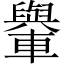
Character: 轝